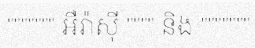
""""""" អឺរ៉ាស៊ី """" និង """""""